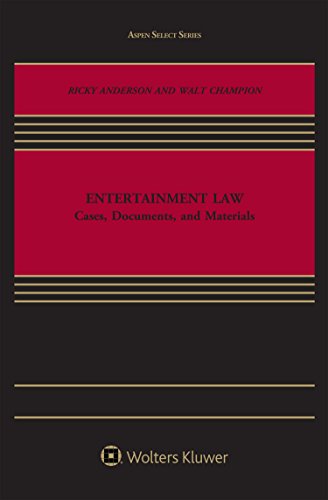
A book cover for Entertainment Law: Cases, Documents, and Materials; Ricky Anderson; Law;